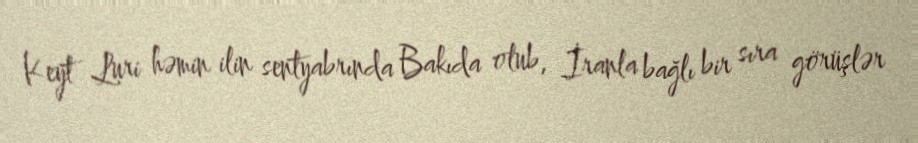
Keyt Luri həmin ilin sentyabrında Bakıda olub, İranla bağlı bir sıra görüşlər